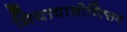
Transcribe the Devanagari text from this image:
मियावाशोच्त्सिन